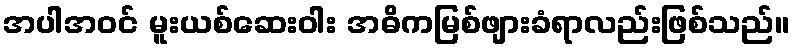
အပါအဝင် မူးယစ်ဆေးဝါး အဓိကမြစ်ဖျားခံရာလည်းဖြစ်သည်။